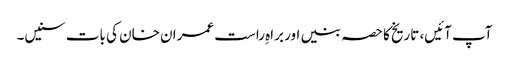
آپ آئیں، تاریخ کا حصہ بنیں اور براہِ راست عمران خان کی بات سنیں۔